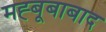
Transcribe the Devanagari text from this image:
मह्बूबाबाद